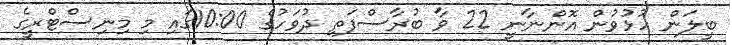
ބީލަން ހުޅުވުން އޮންނާނީ 22 ވާ ބުރާސްފަތި ދުވަހުގެ 10:00ގައި މި މިނިސްޓްރީގެ